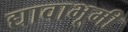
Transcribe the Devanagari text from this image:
द्यावाभूमी